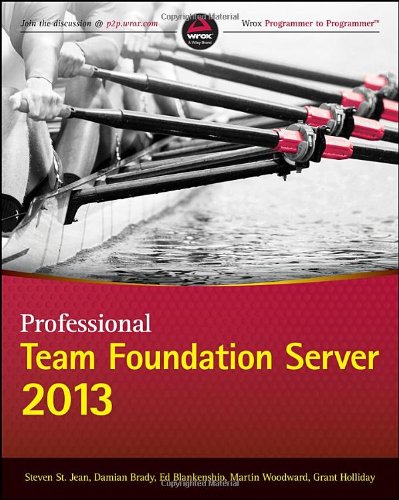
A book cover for Professional Team Foundation Server 2013 (Wrox Programmer to Programmer); Steven St. Jean; Computers & Technology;